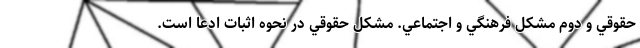
حقوقي و دوم مشكل فرهنگي و اجتماعي. مشكل حقوقي در نحوه اثبات ادعا است.